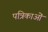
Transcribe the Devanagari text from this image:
पत्रिकाओं